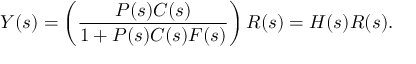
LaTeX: Y ( s ) = \left( { \frac { P ( s ) C ( s ) } { 1 + P ( s ) C ( s ) F ( s ) } } \right) R ( s ) = H ( s ) R ( s ) .